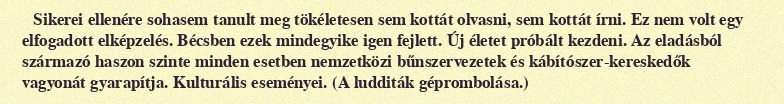
Sikerei ellenére sohasem tanult meg tökéletesen sem kottát olvasni, sem kottát írni. Ez nem volt egy elfogadott elképzelés. Bécsben ezek mindegyike igen fejlett. Új életet próbált kezdeni. Az eladásból származó haszon szinte minden esetben nemzetközi bűnszervezetek és kábítószer-kereskedők vagyonát gyarapítja. Kulturális eseményei. (A ludditák géprombolása.)